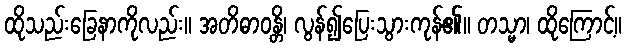
ထိုသည်းခြေနာကိုလည်း။ အတိဓာဝန္တိ၊ လွန်၍ပြေးသွားကုန်၏။ တသ္မာ၊ ထိုကြောင့်။